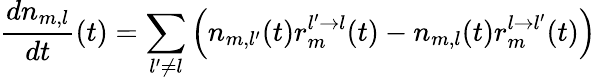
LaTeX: \frac{dn_{m,l}}{dt}(t)=\sum_{l^{\prime}\neq l}\left(n_{m,l^{\prime}}(t)r_{m}^{l^{\prime}\rightarrow l}(t)-n_{m,l}(t)r_{m}^{l\rightarrow l^{\prime}}(t)\right)